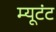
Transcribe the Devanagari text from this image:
म्यूटंट